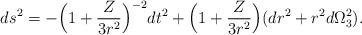
LaTeX: \begin{align*}ds^2=-\Big(1+{Z\over 3r^2}\Big)^{-2}dt^2+\Big(1+{Z\over 3r^2}\Big)(dr^2+r^2d\Omega_3^2).\end{align*}